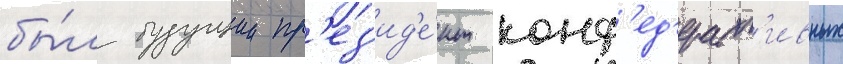
бы́л будущии пр'ез'ид'е́нт конф'ед'ерат'ивных